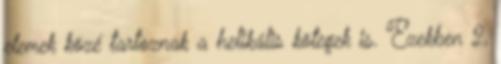
elemek közé tartoznak a helikális kötegek is. Ezekben 2,